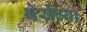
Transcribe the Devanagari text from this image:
थेरोंच्या